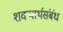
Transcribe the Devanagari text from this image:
शक्यार्थसंबंध